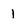
Character: 1